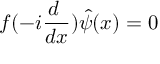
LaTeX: f ( - i \frac { d ~ } { d x } ) \hat { \psi } ( x ) = 0